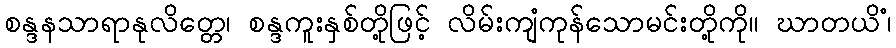
စန္ဒနသာရာနုလိတ္တေ၊ စန္ဒကူးနှစ်တို့ဖြင့် လိမ်းကျံကုန်သောမင်းတို့ကို။ ဃာတယိံ၊